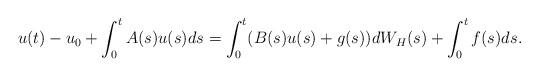
LaTeX: \begin{align*}u(t)-u_{0}+\int_0^t A(s)u(s) ds= \int_0^t(B(s)u(s)+g(s))dW_H(s) +\int_0^t f(s) ds.\end{align*}